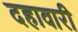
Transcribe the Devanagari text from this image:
दहावारी